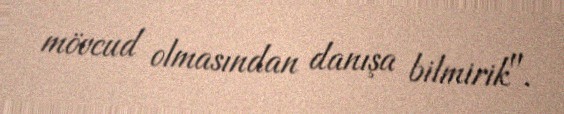
mövcud olmasından danışa bilmirik".